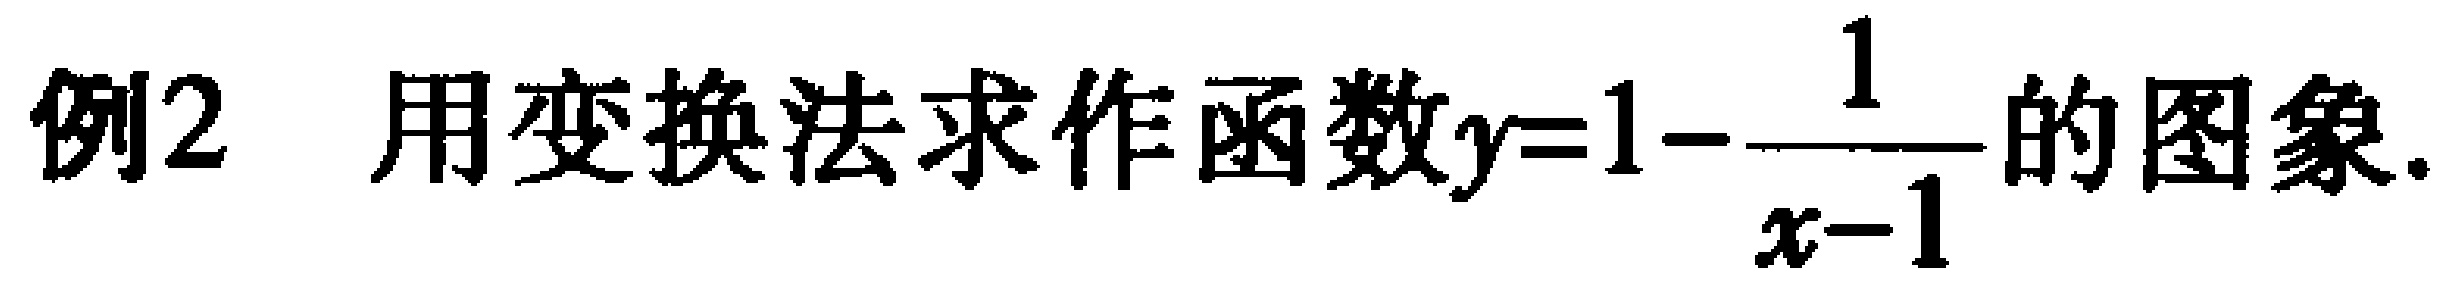
例2 用变换法求作函数\(y = 1 - \frac{1}{x - 1}\)的图象.